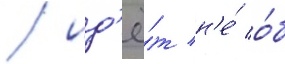
/ ид'ё́т н'е́ о́б